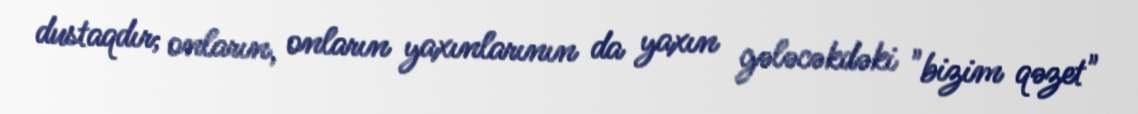
dustaqdır; onların, onların yaxınlarının da yaxın gələcəkdəki "bizim qəzet"